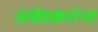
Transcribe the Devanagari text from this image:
अंबेडकरांना